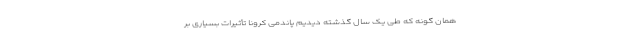
همان گونه که طی یک سال گذشته دیدیم پاندمی کرونا تأثیرات بسیاری بر